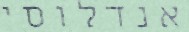
אנדלוסי